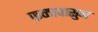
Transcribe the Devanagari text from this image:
फळापासुन